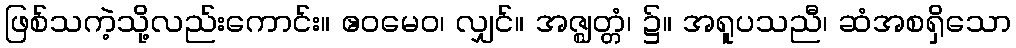
ဖြစ်သကဲ့သို့လည်းကောင်း။ ဧဝမေဝ၊ လျှင်။ အဇ္ဈတ္တံ၊ ၌။ အရူပသညီ၊ ဆံအစရှိသော